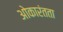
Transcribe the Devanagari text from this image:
ओकारंतता